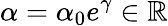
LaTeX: \alpha=\alpha_{0}e^{\gamma}\in\mathbb{R}